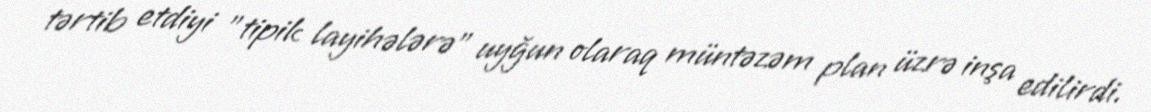
tərtib etdiyi "tipik layihələrə" uyğun olaraq müntəzəm plan üzrə inşa edilirdi.